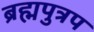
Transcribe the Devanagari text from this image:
ब्रह्मपुत्रप